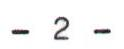
- 2 -